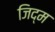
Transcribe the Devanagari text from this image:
जिद्म